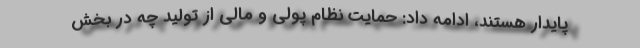
پایدار هستند، ادامه داد: حمایت نظام پولی و مالی از تولید چه در بخش